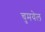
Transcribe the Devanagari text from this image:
चुमयेल